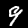
Label: 9